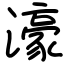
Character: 濠